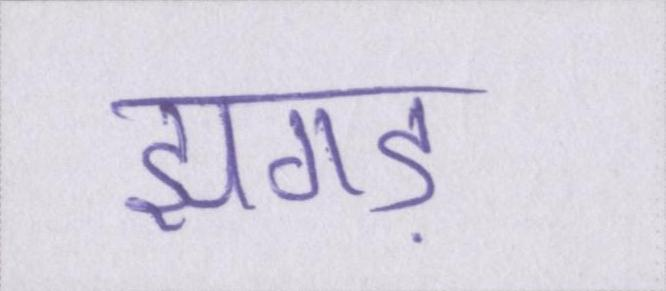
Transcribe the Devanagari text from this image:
झगड़